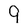
Character: 9